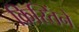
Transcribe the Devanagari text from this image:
क्रिस्तिंने